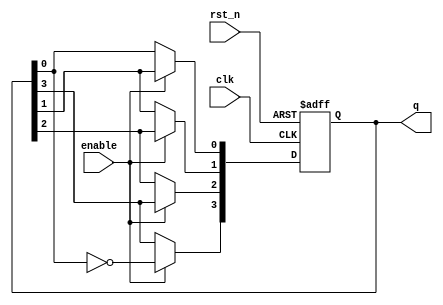
module johnson_counter (
    input wire clk,          // Clock input
    input wire rst_n,       // Asynchronous reset (active low)
    input wire enable,      // Enable signal
    output reg [3:0] q      // 4-bit output representing the counter state
);

    // Always block to implement the Johnson counter behavior
    always @(posedge clk or negedge rst_n) begin
        if (!rst_n) begin
            // Asynchronous reset: set counter to 0
            q <= 4'b0000;
        end else if (enable) begin
            // Johnson counter logic
            q[3] <= ~q[0]; // Feedback from the last flip-flop
            q[2] <= q[3];
            q[1] <= q[2];
            q[0] <= q[1];
        end
        // If enable is not asserted, retain current state
    end

endmodule